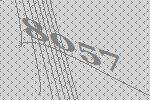
8057